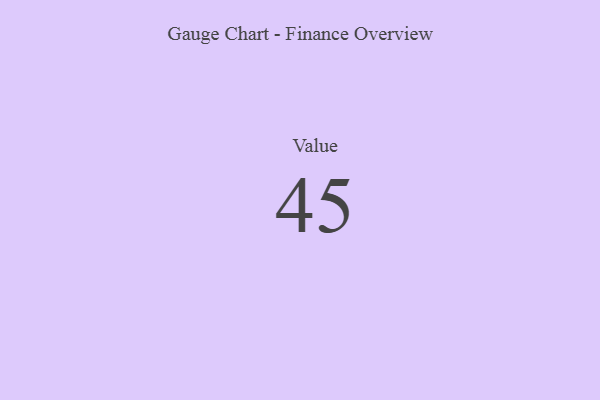
{"axis": {"x": "Metric", "y": "Value"}, "legend": [""], "data": [{"x": "Value", "y": 45, "type": ""}]}